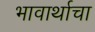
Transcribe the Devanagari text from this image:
भावार्थाचा